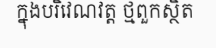
ក្នុងបរិវេណវត្ត ថ្មពួកស្ថិត